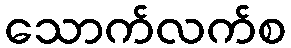
သောက်လက်စ